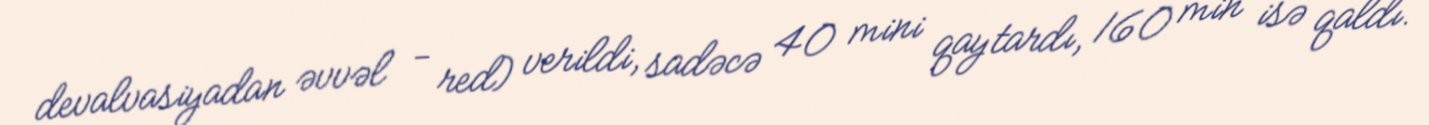
devalvasiyadan əvvəl - red) verildi, sadəcə 40 mini qaytardı, 160 min isə qaldı.